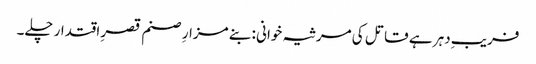
فریبِ دہر ہے قاتل کی مرثیہ خوانی : بنے مزارِ صنم قصرِ اقتدار چلے۔